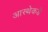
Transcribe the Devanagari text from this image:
आस्थेकडे